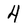
Character: 4